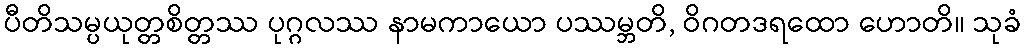
ပီတိသမ္ပယုတ္တစိတ္တဿ ပုဂ္ဂလဿ နာမကာယော ပဿမ္ဘတိ, ဝိဂတဒရထော ဟောတိ။ သုခံ